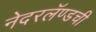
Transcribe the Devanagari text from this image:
नेदरलॅण्डची